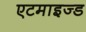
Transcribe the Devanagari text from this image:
एटमाइज्ड